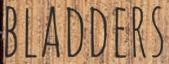
BLADDERS